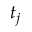
t _ { j }